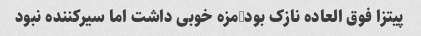
پیتزا فوق العاده نازک بود-مزه خوبی داشت اما سیرکننده نبود